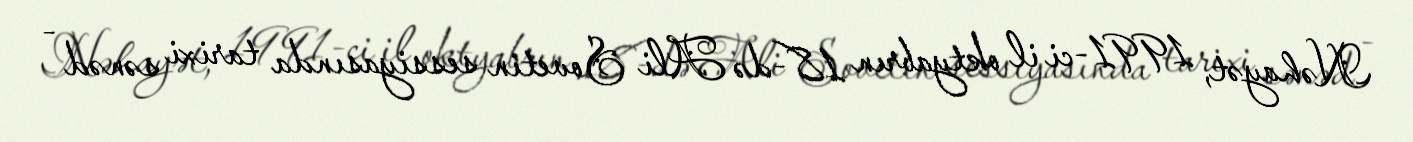
Nəhayət, 1991-ci il oktyabrın 18-də Ali Sovetin sessiyasında tarixi sənəd -